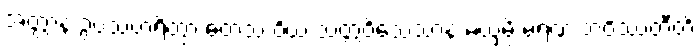
အတ္တာနံ ဥပသံဟရိတွာ တေသံ ဝိယ သတ္တဝိသေသာနံ မယှမ္ပိ မရဏံ ဘဝိဿတီတိ